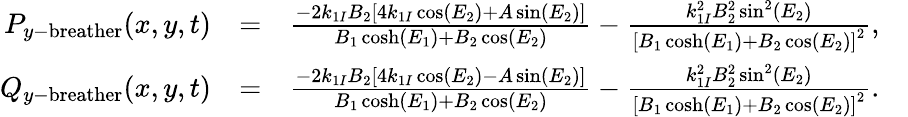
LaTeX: \begin{array}{rlr}{P_{y\mathrm{-breather}}(x,y,t)}&{=}&{\frac{-2k_{1I}B_{2}\left[4k_{1I}\cos(E_{2})+A\sin(E_{2})\right]}{B_{1}\cosh(E_{1})+B_{2}\cos(E_{2})}-\frac{k_{1I}^{2}B_{2}^{2}\sin^{2}(E_{2})}{\left[B_{1}\cosh(E_{1})+B_{2}\cos(E_{2})\right]^{2}},\quad}\\ {Q_{y\mathrm{-breather}}(x,y,t)}&{=}&{\frac{-2k_{1I}B_{2}\left[4k_{1I}\cos(E_{2})-A\sin(E_{2})\right]}{B_{1}\cosh(E_{1})+B_{2}\cos(E_{2})}-\frac{k_{1I}^{2}B_{2}^{2}\sin^{2}(E_{2})}{\left[B_{1}\cosh(E_{1})+B_{2}\cos(E_{2})\right]^{2}}.\quad}\end{array}